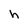
Character: h